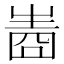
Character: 𤯧